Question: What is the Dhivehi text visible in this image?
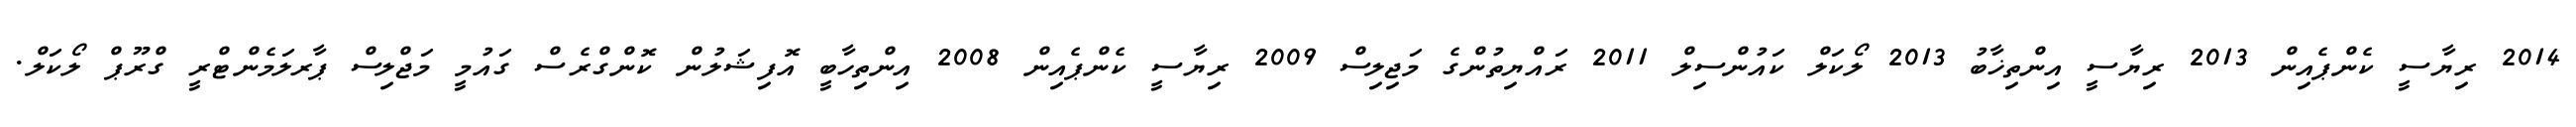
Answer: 2014 ރިޔާސީ ކެންޕެއިން 2013 ރިޔާސީ އިންތިޚާބު 2013 ލޯކަލް ކައުންސިލް 2011 ރައްޔިތުންގެ މަޖިލިސް 2009 ރިޔާސީ ކެންޕެއިން 2008 އިންތިހާބީ އޮފިޝަލުން ކޮންގްރެސް ގައުމީ މަޖްލިސް ޕާރލަމެންޓްރީ ގްރޫޕް ލޯކަލް.